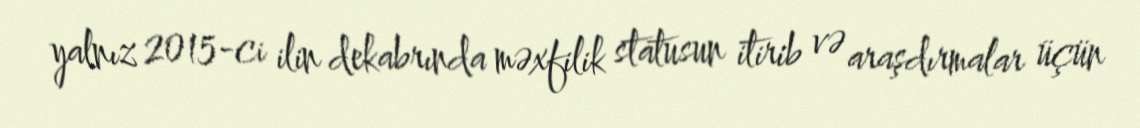
yalnız 2015-ci ilin dekabrında məxfilik statusun itirib və araşdırmalar üçün